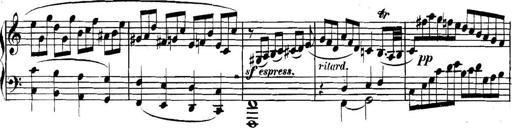
Title: Collected Piano Sonatas
Composer: Muzio Clementi